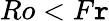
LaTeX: Ro<F\mathtt{r}